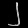
Digit: ၂